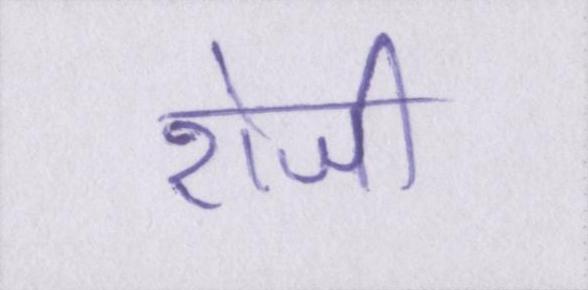
रोजी